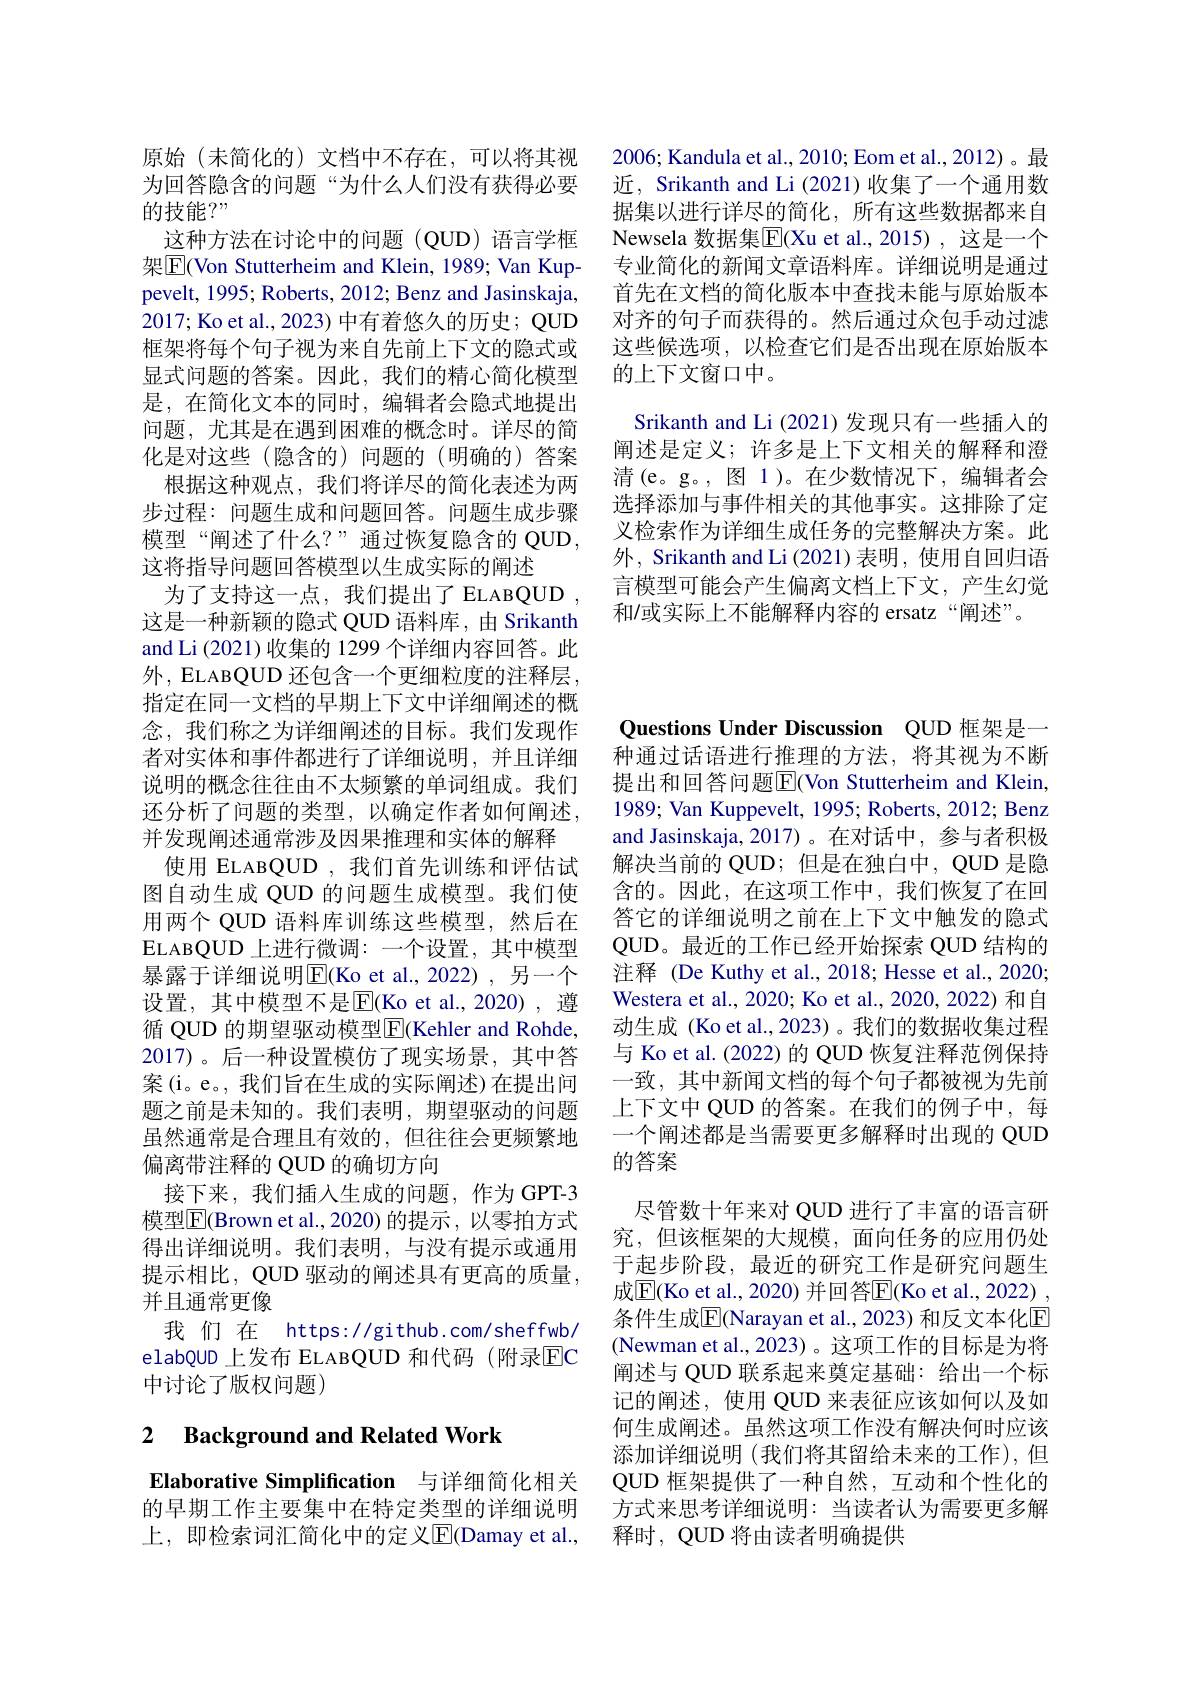
2006; Kandula et al., 2010; Eom et al., 2012)。最近，Srikanth and Li (2021)收集了一个通用数据集以进行详尽的简化，所有这些数据都来自Newsela 数据集$\overline{\mathrm{E}}$(Xu et al.,2015),这是一个专业简化的新闻文章语料库。详细说明是通过首先在文档的简化版本中查找未能与原始版本对齐的句子而获得的。然后通过众包手动过滤这些候选项，以检查它们是否出现在原始版本的上下文窗口中。
Srikanth and Li (2021) 发现只有一些插入的阐述是定义；许多是上下文相关的解释和澄清(e。g。,图 1)。在少数情况下，编辑者会选择添加与事件相关的其他事实。这排除了定义检索作为详细生成任务的完整解决方案。此外，Srikanth and Li (2021)表明，使用自回归语言模型可能会产生偏离文档上下文，产生幻觉和/或实际上不能解释内容的 ersatz“阐述”。

原始(未简化的)文档中不存在，可以将其视为回答隐含的问题“为什么人们没有获得必要的技能？"
这种方法在讨论中的问题(QUD)语言学框架$\boxed{\mathrm{E}}$(Von Stutterheim and Klein, 1989; Van Kuppevelt, 1995; Roberts, 2012; Benz and Jasinskaja, 2017; Ko et al., 2023) 中有着悠久的历史；QUD 框架将每个句子视为来自先前上下文的隐式或显式问题的答案。因此，我们的精心简化模型是，在简化文本的同时，编辑者会隐式地提出问题，尤其是在遇到困难的概念时。详尽的简化是对这些(隐含的)问题的(明确的)答案
根据这种观点，我们将详尽的简化表述为两步过程：问题生成和问题回答。问题生成步骤模型“阐述了什么？”通过恢复隐含的 QUD, 这将指导问题回答模型以生成实际的阐述
为了支持这一点，我们提出了ELABQUD , 这是一种新颖的隐式 QUD 语料库，由 Srikanth and Li (2021) 收集的 1299 个详细内容回答。此外，ELABQUD 还包含一个更细粒度的注释层， 指定在同一文档的早期上下文中详细阐述的概念，我们称之为详细阐述的目标。我们发现作者对实体和事件都进行了详细说明，并且详细说明的概念往往由不太频繁的单词组成。我们还分析了问题的类型，以确定作者如何阐述， 并发现阐述通常涉及因果推理和实体的解释
使用 ELABQUD , 我们首先训练和评估试图自动生成 QUD 的问题生成模型。我们使用两个 QUD 语料库训练这些模型，然后在ELABQUD上进行微调：一个设置，其中模型暴露于详细说明$\overline{\mathrm{E}}($Ko et al.,2022),另一个设置，其中模型不是E(Ko et al.,2020),遵循 QUD 的期望驱动模型$\overline{\mathrm{E}}$(Kehler and Rohde, 2017)。后一种设置模仿了现实场景，其中答案(i。e。, 我们旨在生成的实际阐述) 在提出问题之前是未知的。我们表明，期望驱动的问题虽然通常是合理且有效的，但往往会更频繁地偏离带注释的 QUD 的确切方向
接下来，我们插入生成的问题，作为 GPT-3模型|E|Brown et al.,2020)的提示，以零拍方式得出详细说明。我们表明，与没有提示或通用提示相比，QUD 驱动的阐述具有更高的质量， 并且通常更像
我们在 https://github.com/sheffwb/ elabQUD 上发布 ELABQUD 和代码 (附录$\overline{\mathrm{EC}}$ 中讨论了版权问题)

## 2 $\textbf{Background and Related Work}$

Elaborative Simplification 与详细简化相关的早期工作主要集中在特定类型的详细说明上，即检索词汇简化中的定义$\overline{\mathrm{E}}($Damay et al.,

Questions Under Discussion QUD 框架是一

种通过话语进行推理的方法，将其视为不断提出和回答问题E$( Von Stutterheim and Klein$, 1989; Van Kuppevelt, 1995; Roberts, 2012; Benz and Jasinskaja, 2017)。在对话中，参与者积极解决当前的 QUD; 但是在独白中，QUD 是隐含的。因此，在这项工作中，我们恢复了在回答它的详细说明之前在上下文中触发的隐式QUD。最近的工作已经开始探索 QUD 结构的注释 (De Kuthy et al., 2018; Hesse et al., 2020; Westera et al., 2020; Ko et al., 2020, 2022) 和自动生成 (Ko et al., 2023) 。我们的数据收集过程与 Ko et al. (2022) 的 QUD 恢复注释范例保持一致，其中新闻文档的每个句子都被视为先前上下文中 QUD 的答案。在我们的例子中，每一个阐述都是当需要更多解释时出现的 QUD 的答案

尽管数十年来对 QUD 进行了丰富的语言研究，但该框架的大规模，面向任务的应用仍处于起步阶段，最近的研究工作是研究问题生成$\overline{\mathrm{E}}($Ko et al., 2020) 并回答$\overline{\mathrm{E}}($Ko et al., 2022) , 条件生成$\overline{\mathrm{E}}$(Narayan et al., 2023) 和反文本化$\overline{\mathrm{E}}$ (Newman et al., 2023)。这项工作的目标是为将阐述与 QUD 联系起来奠定基础：给出一个标记的阐述，使用 QUD 来表征应该如何以及如何生成阐述。虽然这项工作没有解决何时应该添加详细说明(我们将其留给未来的工作),但QUD 框架提供了一种自然，互动和个性化的方式来思考详细说明：当读者认为需要更多解释时，QUD 将由读者明确提供